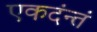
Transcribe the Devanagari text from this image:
एकदंन्तं